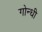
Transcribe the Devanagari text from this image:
गोन्धी